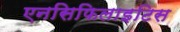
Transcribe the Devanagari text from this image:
एनसिफिलाइटिस